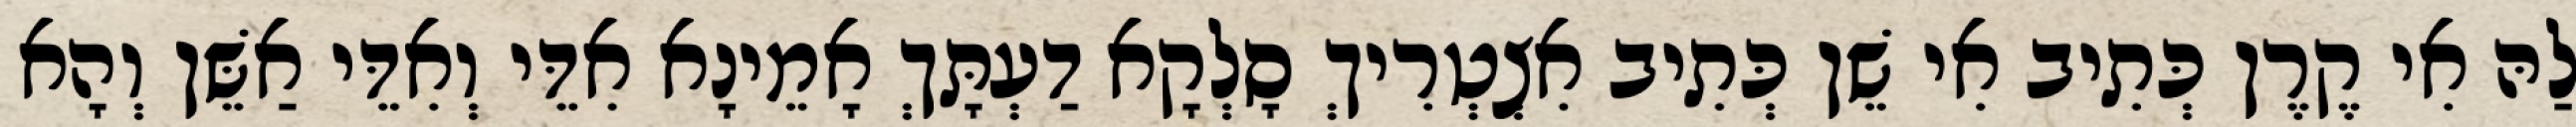
לַהּ אִי קֶרֶן כְּתִיב אִי שֵׁן כְּתִיב אִצְטְרִיךְ סָלְקָא דַעְתָּךְ אָמֵינָא אִדֵּי וְאִדֵּי אַשֵּׁן וְהָא